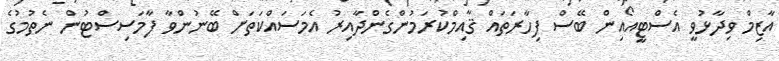
އާޒިމް ވިދާޅުވީ އެސްޓީއޯއިން ބޭސް ފިހާރަތައް ޤާއިމްކުރަމުންގެންދާއިރު އެމަސައްކަތަށް ބޭނުންވާ ފާމަސިސްޓުން ނެތުމުގެ